Children and Young Persons (Scotland) Act, 1932. Care and training of juveniles, 1932
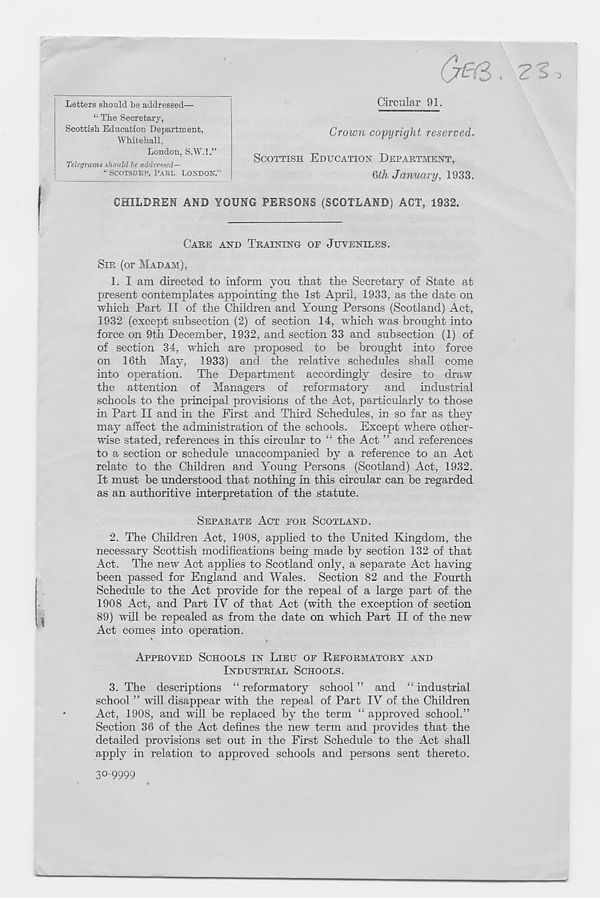
(7^6.
Circular 91.
Crown copyright reserved,
SCOTTISH EDUCATION DEPARTMENT,
(jth January, 1933.
CHILDREN AND YOUNG PERSONS (SCOTLAND) ACT, 1932.
Letters should be addressed—
11 The Secretary,
Scottish Education Department,
Whitehall,
London, S.W.l.”
Telegrams should he addressed—
“SCOTSDEP, PAUL, LONDON.”
CARE AND TRAINING OR JUVENILES.
SIR (or MADAM),
1. I am directed to inform you that the Secretary of State at
present contemplates appointing the 1st April, 1933, as the date on
which Part IT of the Children and Young Persons (Scotland) Act,
1932 (except subsection (2) of section 14, which was brought into
force on 9th December, 1932, and section 33 and subsection (1) of
of section 34, which are proposed to be brought into force
on 16th May, 1933) and the relative schedules shall come
into operation. The Department accordingly desire to draw
the attention of Managers of reformatory and industrial
schools to the principal provisions of the Act, particularly to those
in Part II and in the First and Third Schedules, in so far as they
may affect the administration of the schools. Except where other-
wise stated, references in this circular to “ the Act ” and references
to a section or schedule unaccompanied by a reference to an Act
relate to the Children and Young Persons (Scotland) Act, 1932.
It must be understood that nothing in this circular can be regarded
as an authoritive interpretation of the statute.
SEPARATE ACT FOR SCOTLAND.
2. The Children Act, 1908, applied to the United Kingdom, the
necessary Scottish modifications being made by section 132 of that
Act. The new Act applies to Scotland only, a separate Act having-
been passed for England and Wales. Section 82 and the Fourth
Schedule to the Act provide for the repeal of a large part of the
1908 Act, and Part IV of that Act (with the exception of section
89) will be repealed as from the date on which Part II of the new
Act comes into operation.
APPROVED SCHOOLS IN LIEU OF REFORMATORY AND
INDUSTRIAL SCHOOLS.
3. The descriptions “ reformatory school ” and “ industrial
school ” will disappear with the repeal of Part IV of the Children
Act, 1908, and will be replaced by the term “ approved school.”
Section 36 of the Act defines the new term and provides that the
detailed provisions set out in the First Schedule to the Act shall
apply in relation to approved schools and persons sent thereto.
3° 9999